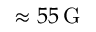
\approx 5 5 \, \mathrm { G }